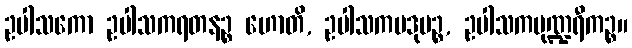
ဥပါသကော ဥပါသကရတနဉ္စ ဟောတိ, ဥပါသကပဒုမဉ္စ, ဥပါသကပုဏ္ဍရီကဉ္စ။